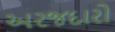
અરજદારો